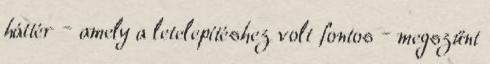
háttér – amely a letelepítéshez volt fontos – megszűnt